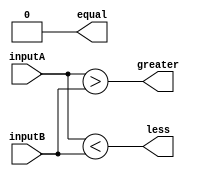
module comparator(
    input [15:0] inputA,
    input [15:0] inputB,
    output equal,
    output greater,
    output less
);

wire [15:0] equalArray;
wire [15:0] greaterArray;
wire [15:0] lessArray;

assign equalArray = inputA == inputB;
assign greaterArray = inputA > inputB;
assign lessArray = inputA < inputB;

assign equal = &equalArray;
assign greater = |greaterArray;
assign less = |lessArray;

endmodule